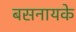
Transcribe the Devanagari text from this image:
बसनायके